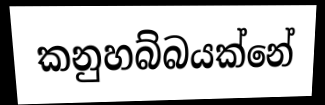
කනුහබ්බයක්නේ